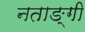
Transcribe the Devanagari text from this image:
नताङ्गी